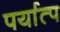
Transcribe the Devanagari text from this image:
पर्यात्प